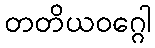
တတိယဝဂ္ဂေါ